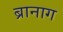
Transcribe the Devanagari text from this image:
ब्रानाग